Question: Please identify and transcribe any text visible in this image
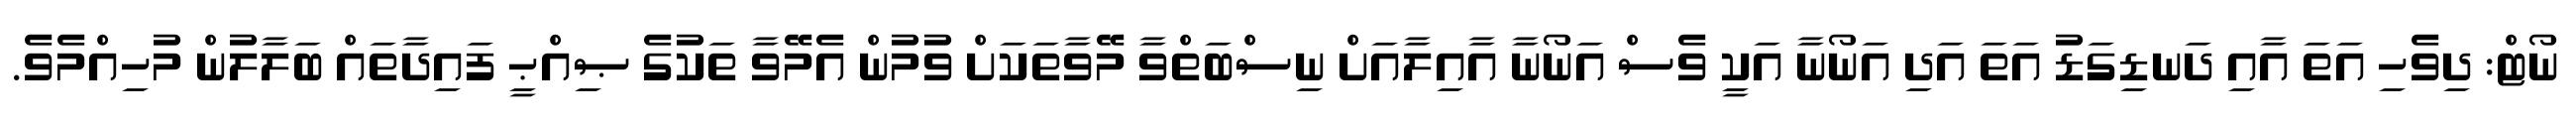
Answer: ނޯޓް: ދިވެހި އަތަ އާއި ދަނޑިގަޑު އަތަ އަދި އަނޯނާ އަކީ ވެސް އަނޯނާ އާއިލާއަށް ނިސްބަތްވާ މޭވާތަކަށް ވުމުން އެމޭވާ ތަކުގެ ޞިއްޙީ ފައިދާތައް ބަލާލުން މުހިއްމެވެ.